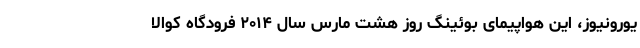
یورونیوز، این هواپیمای بوئینگ روز هشت مارس سال ۲۰۱۴ فرودگاه کوالا